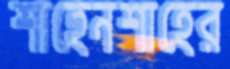
শাহেনশাহের